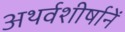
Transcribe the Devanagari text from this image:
अथर्वशीर्षानें